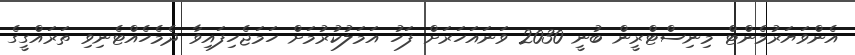
އެންވަޔަރުމެންޓް މިނިސްޓްރީން ބުނީ 2030 ވަނައަހަރަށް ފަހު އަމަލުކުރުމަށް ހަމަޖެހިފައިވާ ދެމެހެއްޓެނިވި ތަރައްގީގެ